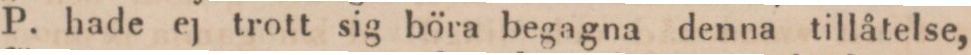
P. hade ej trott sig böra begagna denna tillåtelse,